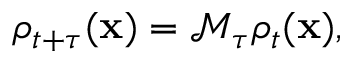
\rho _ { t + \tau } ( \mathbf { x } ) = \mathcal { M } _ { \tau } \rho _ { t } ( \mathbf { x } ) ,